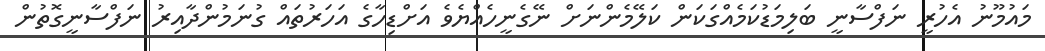
މައުމޫނު އެހުރީ ނަފްސާނީ ބަލިމަޑުކަމެއްގަކަން ކަލޭމެންނަށް ނޭގެނީހެއްޔެވެ އަށްޑިހާގެ އަހަރުތައް ގުނަމުންދާއިރު ނަފްސާނީގޮތުން